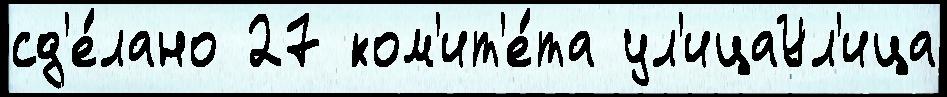
сд'е́лано 27 ком'ит'е́та ул'ицаУл'ица